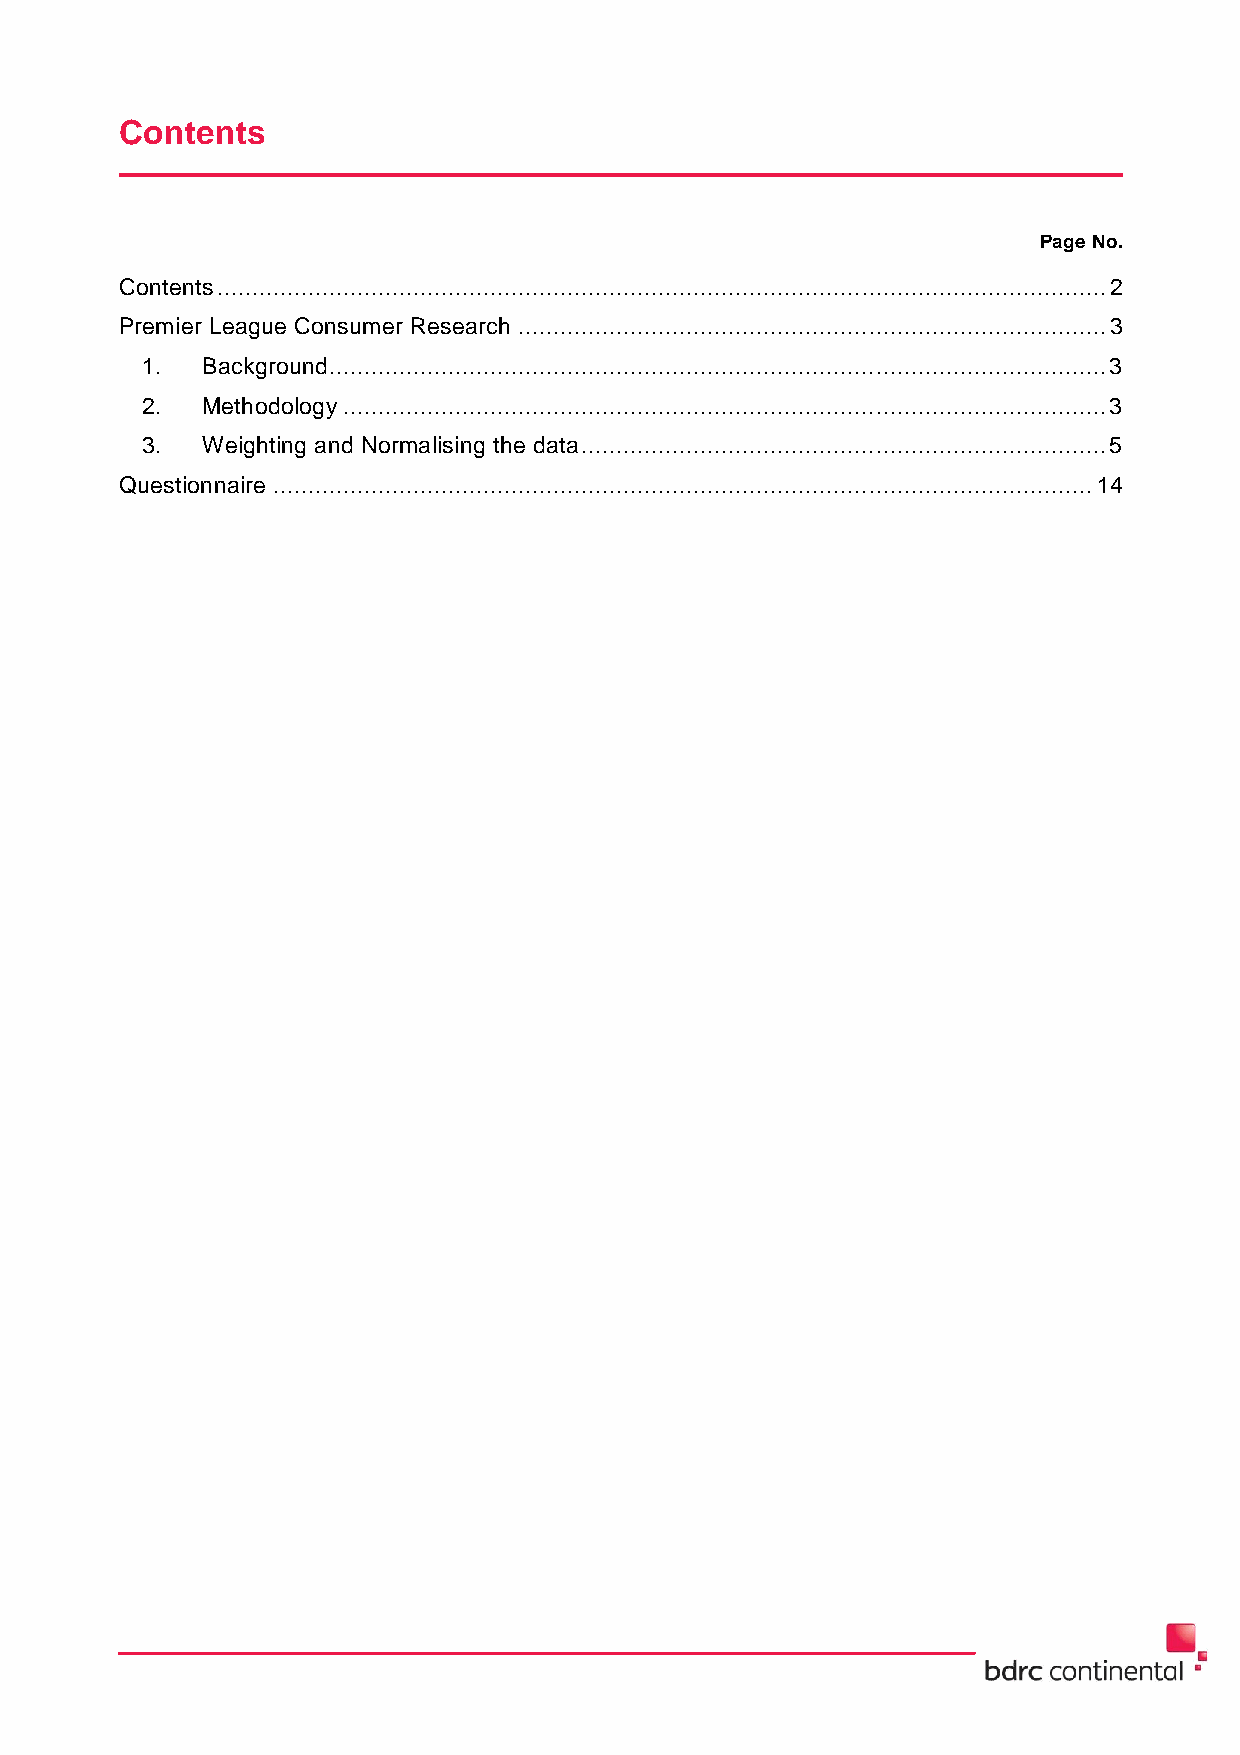
Contents
 Page No.
 Contents ............................................................................................................................... 2
 Premier League Consumer Research .................................................................................... 3
 1.  Background ............................................................................................................... 3
 2.  Methodology ............................................................................................................. 3
 3.  Weighting and Normalising the data ........................................................................... 5
 Questionnaire ..................................................................................................................... 14